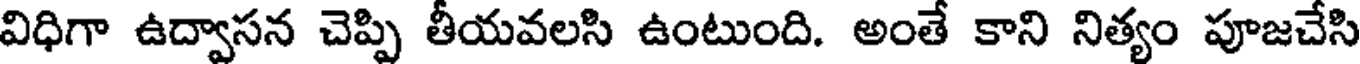
విధిగా ఉద్వాసన చెప్పి తీయవలసి ఉంటుంది. అంతే కాని నిత్యం పూజచేసి